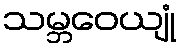
သမ္ဘဝေယျုံ